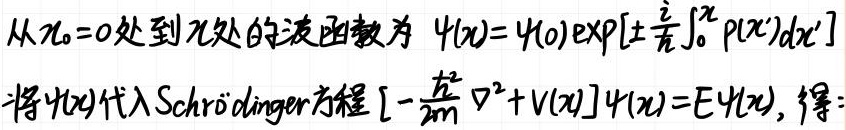
从\(x_0 = 0\)处到\(x\)处的波函数为
\(\psi(x)=\psi(0)\exp\left[\pm\frac{i}{\hbar}\int_{0}^{x}p(x')dx'\right]\)
将\(\psi(x)\)代入Schrödinger方程\(\left[-\frac{\hbar^{2}}{2m}\nabla^{2}+V(x)\right]\psi(x)=E\psi(x)\)，得：